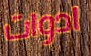
ادوات